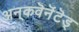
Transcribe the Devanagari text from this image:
अन्‌कवॆनॆंटॆड्